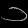
Digit: ၁